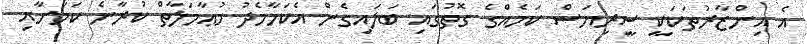
އެ އިންޒާރުތަކަކީ ސީރިޔަސް ކަމެއްގެ ގޮތުގައި ބަލައިގެން އެކަމާމެދު މުޢާމަލާތް ކުރާނެ ކަމަށާއި